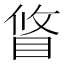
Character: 䀺